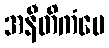
အနီတိကံပေ